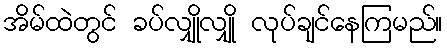
အိမ်ထဲတွင် ခပ်လျှိုလျှို လုပ်ချင်နေကြမည်။